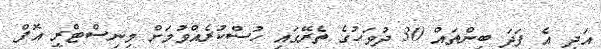
އަދި އެ ފަދަ ބިންތައް 30 ދުވަހުގެ ތެރޭގައި ހުސްކުރެއްވުމަށް މިނިސްޓްރީ އޮފް